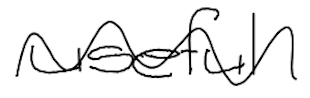
Text: useful
Cross-out: wave
Writing tool: digital_black